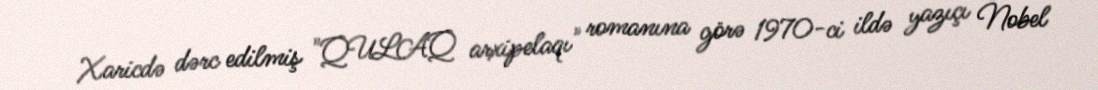
Xaricdə dərc edilmiş "QULAQ arxipelaqı" romanına görə 1970-ci ildə yazıçı Nobel